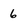
Character: 6